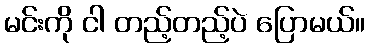
မင်းကို ငါ တည့်တည့်ပဲ ပြောမယ်။